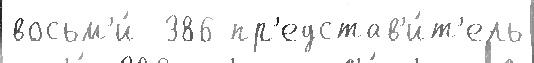
восьм'и́  386 пр'едстав'и́т'ель